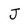
Character: J